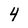
Character: 4